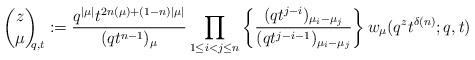
LaTeX: \begin{align*}\binom{z}{\mu}_{\!\!\!q,t} := \dfrac{ q^{|\mu|} t^{2n(\mu)+(1-n)|\mu| } } { (qt^{n-1} )_\mu} \prod_{1\leq i<j \leq n} \left\{\dfrac{ (qt^{j-i})_{\mu_i-\mu_j} } {(qt^{j-i-1})_{\mu_i-\mu_j} } \right\} w_\mu(q^z t^{\delta(n)}; q, t)\end{align*}